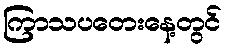
ကြာသပတေးနေ့တွင်